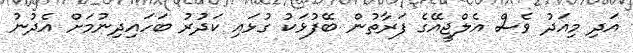
އަދި މިއަދު ވެސް އެލްޖީއޭގެ ފަރާތުން ބޭފުޅަކު ގުޅައި ކަދުރު ބަހައިދިނުމަށް އެދުނު